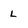
Character: L